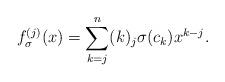
LaTeX: \begin{align*}f_{\sigma}^{(j)}(x) = \sum_{k=j}^n (k)_j \sigma( c_k) x^{k-j}. \end{align*}